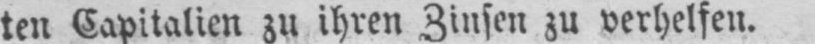
ten Capitalien zu ihren Zinsen zu verhelfen.